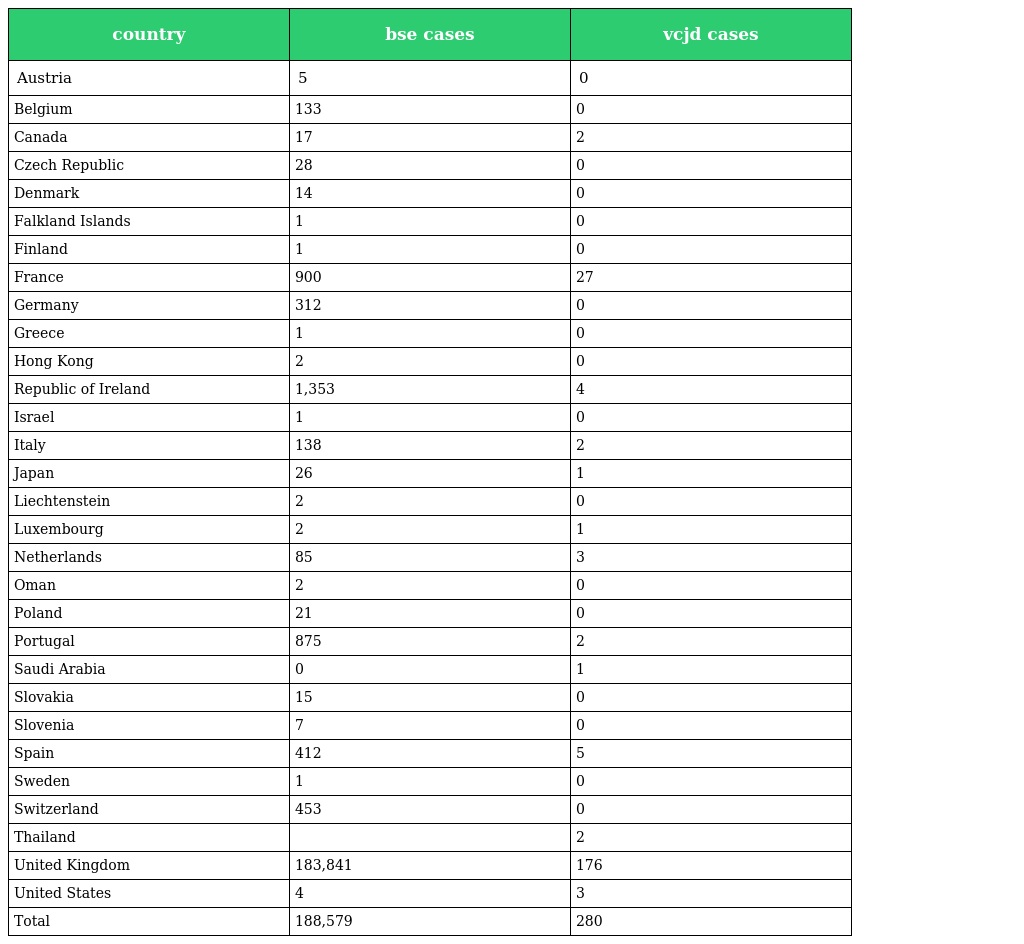
| country | bse cases | vcjd cases |
 | --- | --- | --- |
 | Austria | 5 | 0 |
 | Belgium | 133 | 0 |
 | Canada | 17 | 2 |
 | Czech Republic | 28 | 0 |
 | Denmark | 14 | 0 |
 | Falkland Islands | 1 | 0 |
 | Finland | 1 | 0 |
 | France | 900 | 27 |
 | Germany | 312 | 0 |
 | Greece | 1 | 0 |
 | Hong Kong | 2 | 0 |
 | Republic of Ireland | 1,353 | 4 |
 | Israel | 1 | 0 |
 | Italy | 138 | 2 |
 | Japan | 26 | 1 |
 | Liechtenstein | 2 | 0 |
 | Luxembourg | 2 | 1 |
 | Netherlands | 85 | 3 |
 | Oman | 2 | 0 |
 | Poland | 21 | 0 |
 | Portugal | 875 | 2 |
 | Saudi Arabia | 0 | 1 |
 | Slovakia | 15 | 0 |
 | Slovenia | 7 | 0 |
 | Spain | 412 | 5 |
 | Sweden | 1 | 0 |
 | Switzerland | 453 | 0 |
 | Thailand |  | 2 |
 | United Kingdom | 183,841 | 176 |
 | United States | 4 | 3 |
 | Total | 188,579 | 280 |